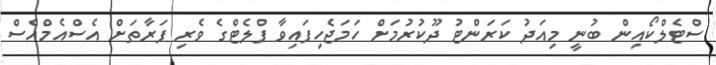
ސްޓެލްކޯއިން ބުނީ މިއަދު ކަރަންޓު ދޫކުރުމަށް ހަމަޖެހިފައިވާ ފްލެޓްގެ ވެރި ފަރާތަށް އެސްއެމްއެސް